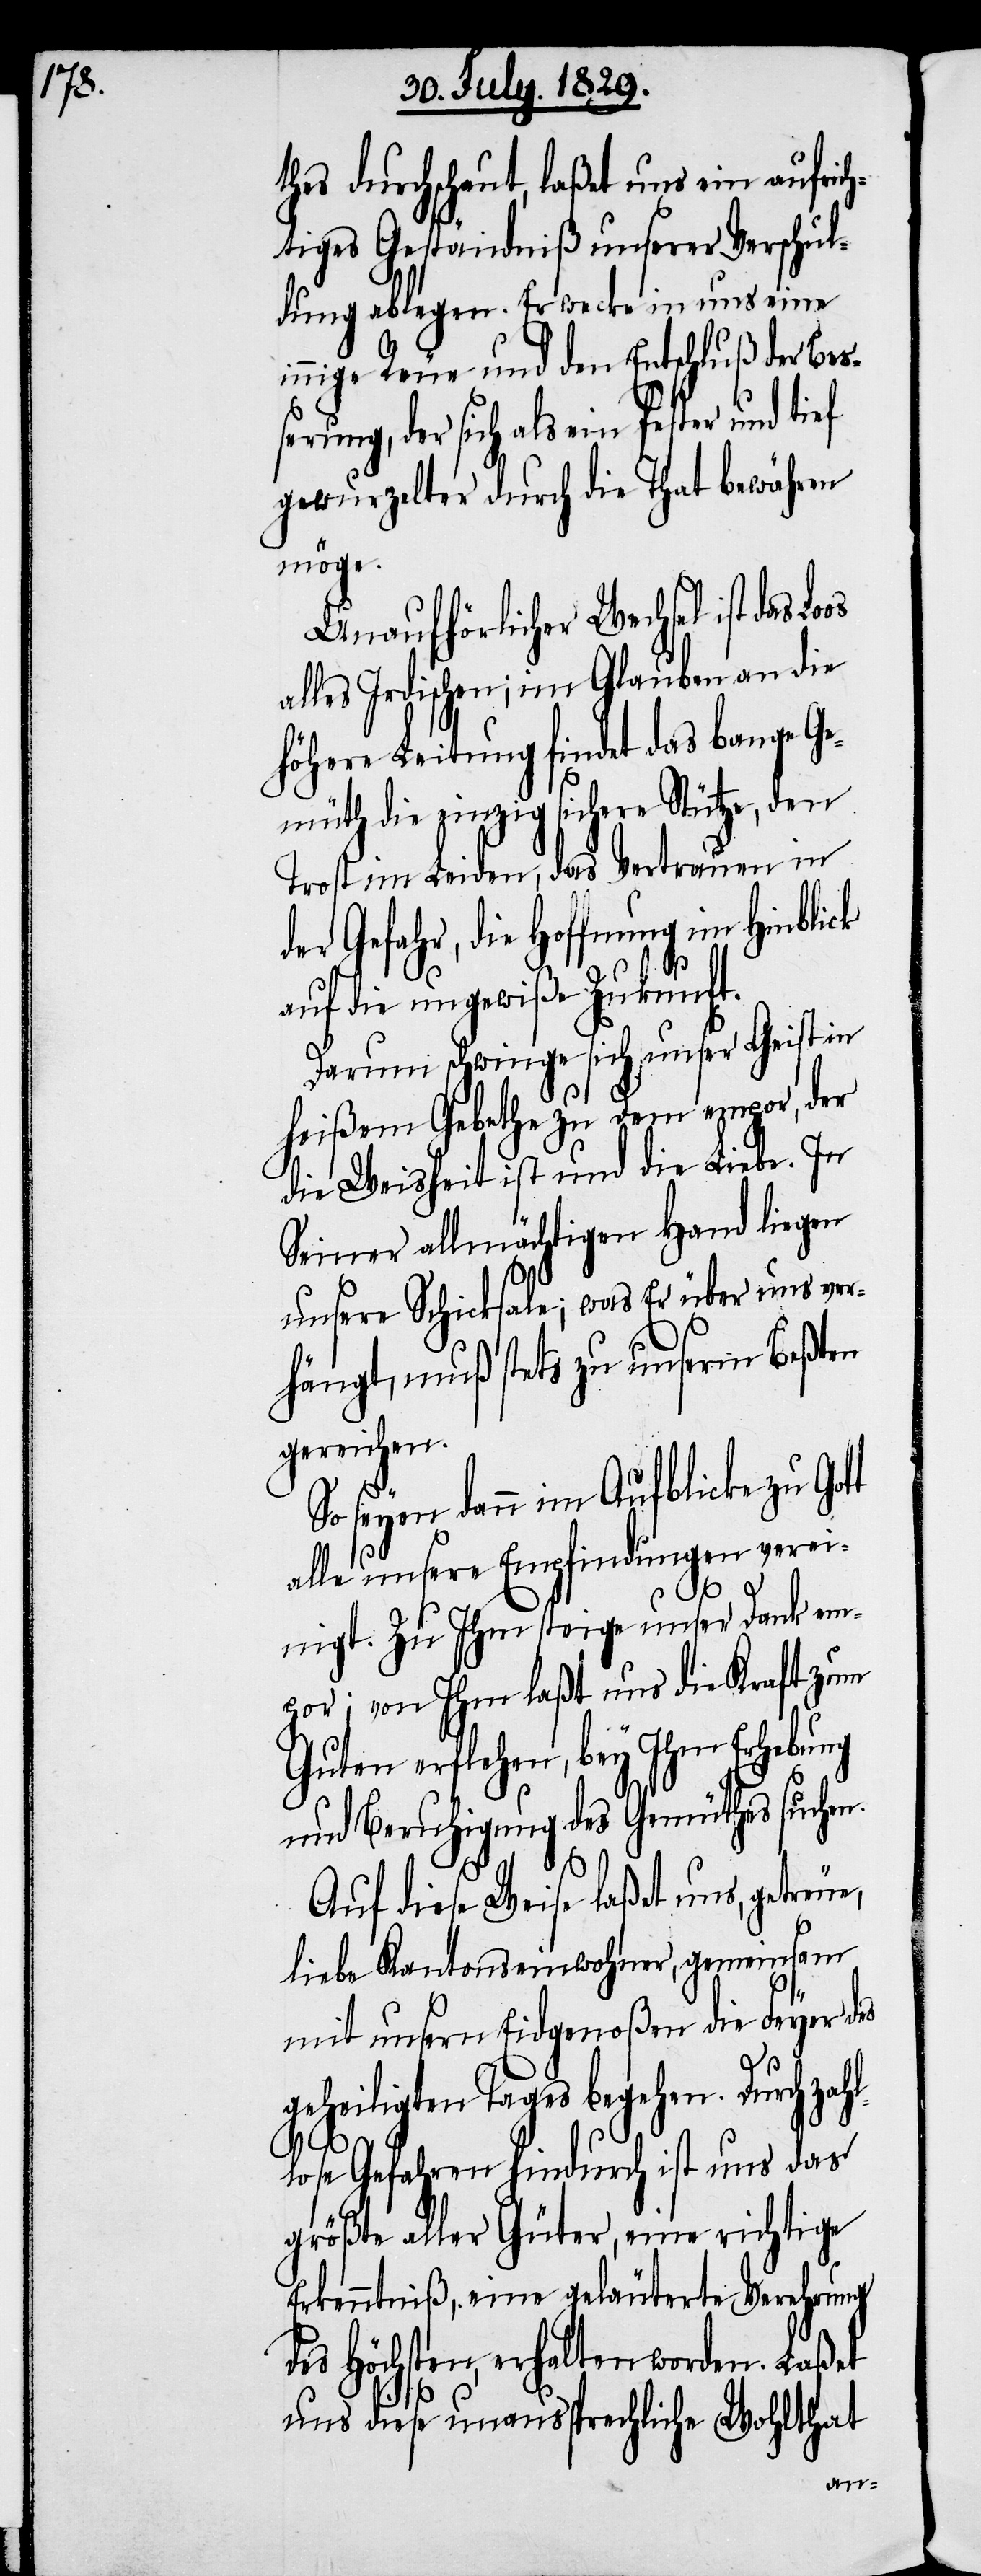
thes durchschaut, laßet uns ein aufrich¬
tiges Geständniß unserer Verschul¬
dung ablegen. Erwecke in uns eine
nige Reue und den Entschluß der Be¬
ßerung, der sich als ein fester und tief
gewurzelter durch die That bewähren
möge.
Unaufhörlicher Wechsel ist das
alles Irdischen; im Glauben an die
höhere Leitung findet das bange Ge¬
müth die einzig sichere Stütze, den
Trost im Leiden, das Vertrauen in
der Gefahr, die Hoffnung im Hinblick
auf die ungewiße Zukunft.
Darum schwinge sich unser Geist in
heißem Gebethe zu Dem empor, der
die Weisheit ist und die Liebe. In
Seiner allmächtigen Hand liegen
unsere Schicksale; was Er über uns ver¬
hängt, muß stets zu unserm Beßten
gereichen.
So seyen dann im Aufblicke zu Got¬
alle unsere Empfindungen verei¬
t
nigt. Zu Ihm steige unser Dank em¬
por; von Ihm laßt uns die Kraft zum
Guten erflehen, bey Ihm Erhebung
und Beruhigung des Gemüthes suchen.
Auf diese Weise laßet uns, getreue,
liebe Kantonseinwohner, gemeinsam
mit unsern Eidgenoßen die Feyer des
geheiligten Tages begehen. Durch zah¬
llose Gefahren hindurch ist uns das
größte aller Güter, eine richtige
Erkenntniß, eine geläuterte Verehrung
des Höchsten, erhalten worden. Laßet
uns diese unaussprechliche Wohlthat
in¬